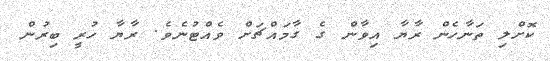
ކޮށްލި ތަނާހެން ރާޔާ އިވާން ގެ ގާމައްޗަށް ވެއްޓުނެވެ. ރާޔާ ހުރީ ބިރުން